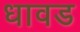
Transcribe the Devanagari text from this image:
धावड